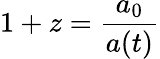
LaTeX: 1+z=\frac{a_{0}}{a(t)}